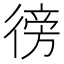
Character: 徬